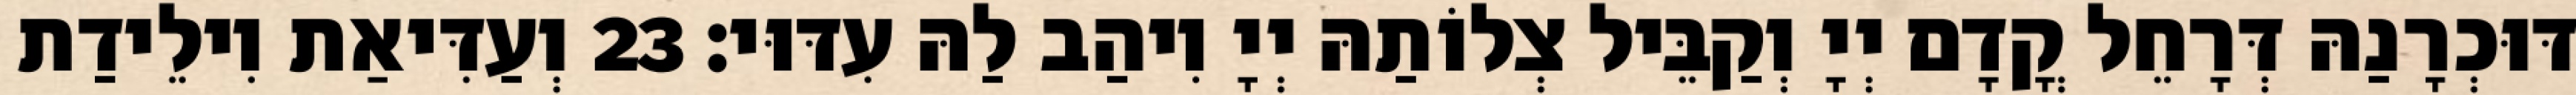
דּוּכְרָנַהּ דְּרָחֵל קֳדָם יְיָ וְקַבֵּיל צְלוֹתַהּ יְיָ וִיהַב לַהּ עִדּוּי׃ 23 וְעַדִּיאַת וִילֵידַת